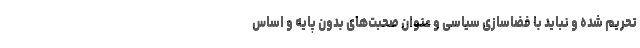
تحریم شده و نباید با فضاسازی سیاسی و عنوان صحبت‌های بدون پایه و اساس